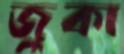
জুকা